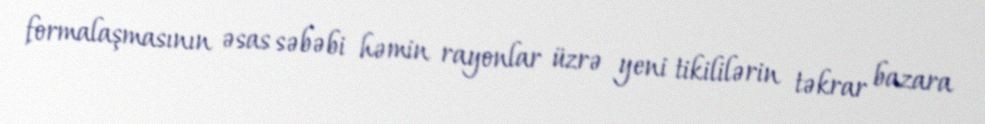
formalaşmasının əsas səbəbi həmin rayonlar üzrə yeni tikililərin təkrar bazara